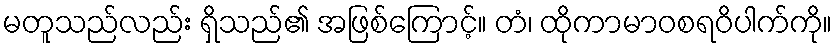
မတူသည်လည်း ရှိသည်၏ အဖြစ်ကြောင့်။ တံ၊ ထိုကာမာဝစရဝိပါက်ကို။